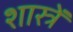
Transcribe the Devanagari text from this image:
शास्त्रें